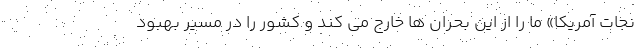
نجات آمریکا» ما را از این بحران ها خارج می کند و کشور را در مسیر بهبود